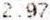
2.97